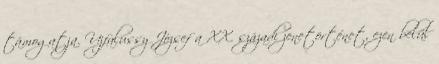
támogatja. Ujfalussy József a XX. századi zenetörténet, ezen belül